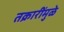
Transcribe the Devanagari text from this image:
तक्रारींमुळे